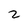
Character: 2